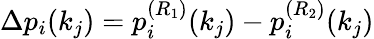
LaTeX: \begin{array}{r}{\Delta p_{i}(k_{j})=p_{i}^{(R_{1})}(k_{j})-p_{i}^{(R_{2})}(k_{j})}\end{array}